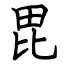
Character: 毘